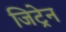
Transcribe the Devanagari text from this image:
जिट्रेन